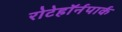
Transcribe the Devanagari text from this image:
रोटेहॉर्नपार्क